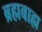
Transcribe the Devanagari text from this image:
ब्रह्मबाह्य